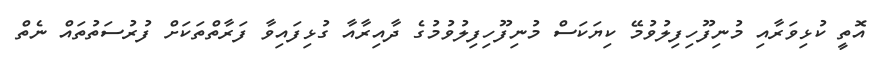
އޮތީ ކުޅިވަރާއި މުނިފޫހިފިލުވުމޭ ކިޔަކަސް މުނިފޫހިފިލުވުމުގެ ދާއިރާއާ ގުޅިފައިވާ ފަރާތްތަކަށް ފުރުސަތުތައް ނެތް